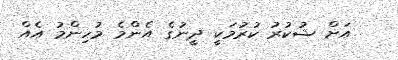
އަށް ޝުކުރު ކުރުމަކީ ދީނުގެ އެންމެ މުހިންމު އެއް